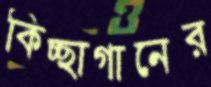
কিচ্ছাগানের